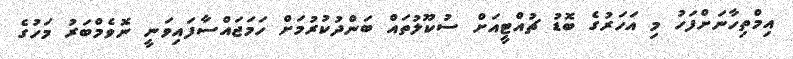
އިމްތިހާނަށްފަހު މި އަހަރުގެ ބޮޑު ޗުއްޓީއަށް ސުކޫލުތައް ބަންދުކުރުމަށް ހަމަޖައްސާފައިވަނީ ނޮވެމްބަރު މަހުގެ